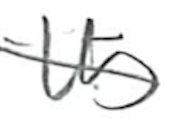
Text: Its
Cross-out: diagonal
Writing tool: pencil